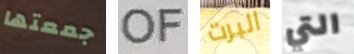
جمعتها OF البرت التي